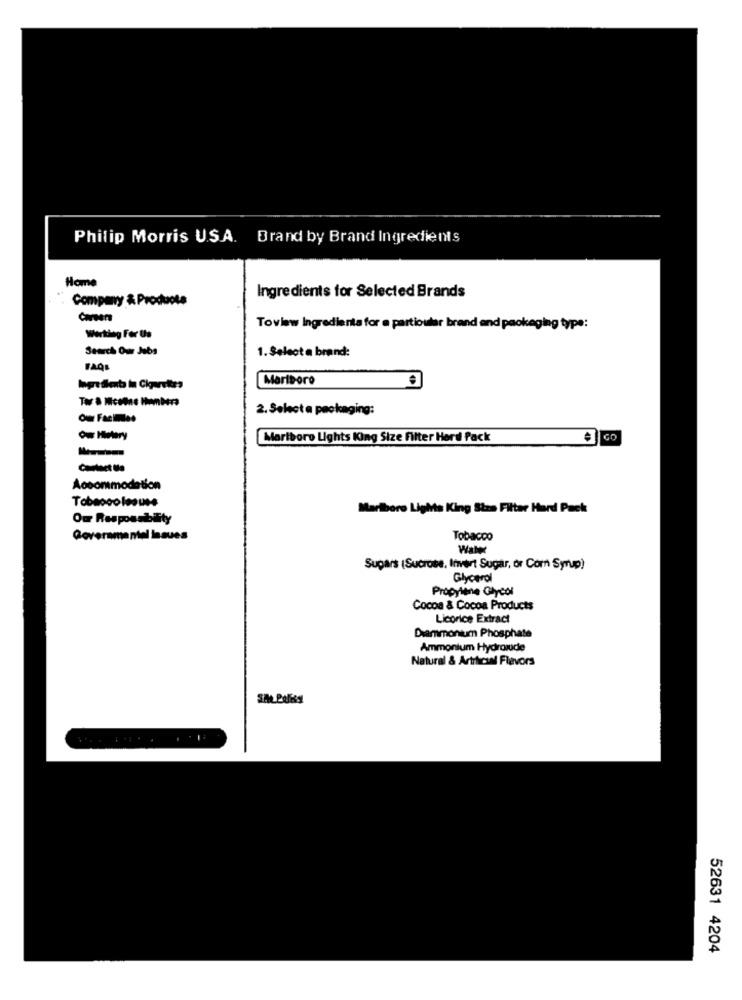
Philip Morris USA. Brand by Brand Ingredients
Home
Company & Products
Ingredients for Selected Brands
Carsene
Toview Ingredients for a particular brand and packaging type:
Working For Us
Search Oun Jobs
1. Select a brand:
FAQS
Marlboro
lagtdet in Ckaretes
2. Select a packaging:
Our Facinales
Ow Hetery
Martboro Lights King Size filter Hard Pack
GO
M
Accommodation
Tobacco lesuse
Marlboro Lights King Stra Filter Hard Pack
Our Responsibility
Governmentel issues
Tobacco
Sugars (Sucrose, Invert Sugar, or Corn Syrup)
Glycerol
Propylene Glycol
Cocoa & Cocoa Products
Licorice Extract
Diammonium Phosphate
Ammonium Hydrosde
Natural & Artificial Flavors
52631 4204